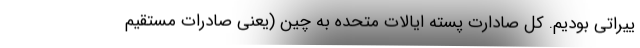
ییراتی بودیم. کل صادارت پسته ایالات متحده به چین (یعنی صادرات مستقیم